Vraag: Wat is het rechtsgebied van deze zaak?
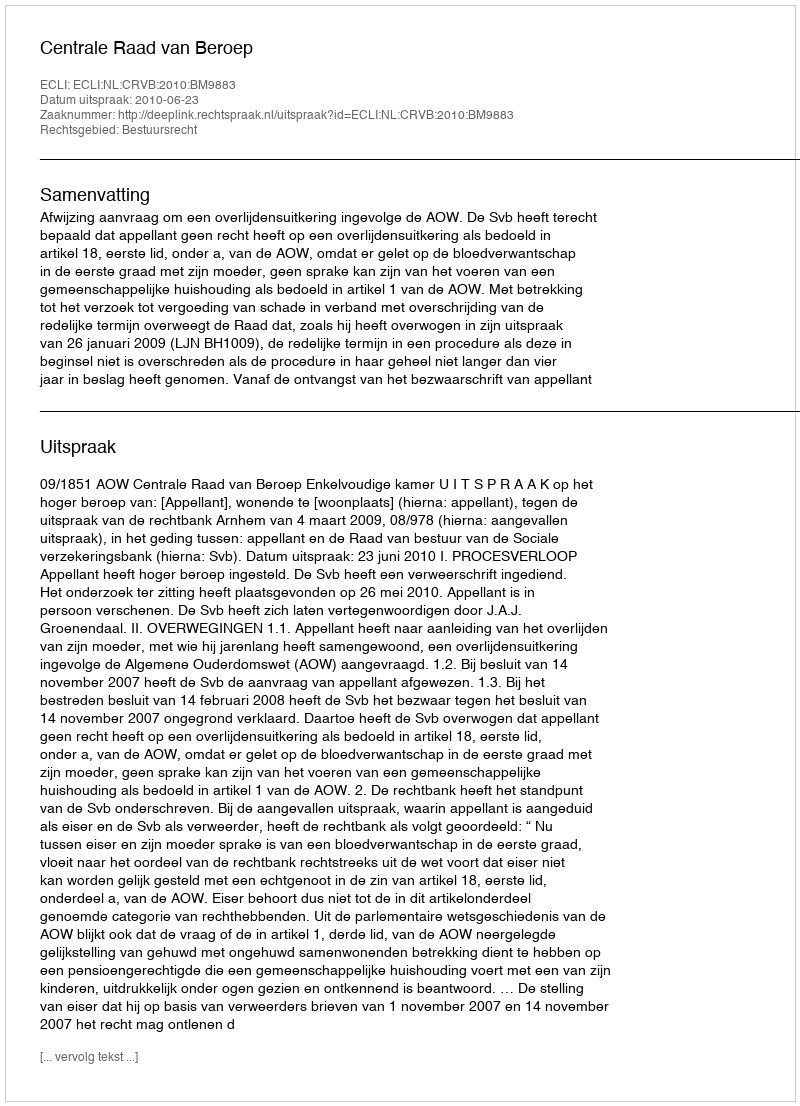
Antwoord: Bestuursrecht